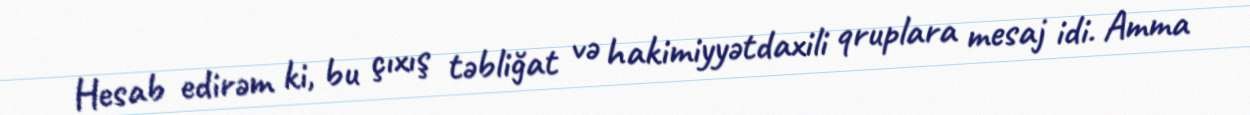
Hesab edirəm ki, bu çıxış təbliğat və hakimiyyətdaxili qruplara mesaj idi. Amma